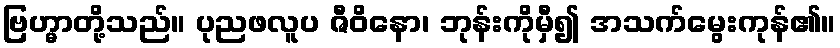
ဗြဟ္မာတို့သည်။ ပုညဖလူပ ဇီဝိနော၊ ဘုန်းကိုမှီ၍ အသက်မွေးကုန်၏။